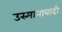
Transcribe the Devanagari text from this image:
उस्मानाबादी